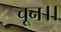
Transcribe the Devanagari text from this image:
चून।।